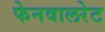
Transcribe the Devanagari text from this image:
फेनवालरेट